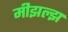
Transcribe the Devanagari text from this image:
मीझल्झ